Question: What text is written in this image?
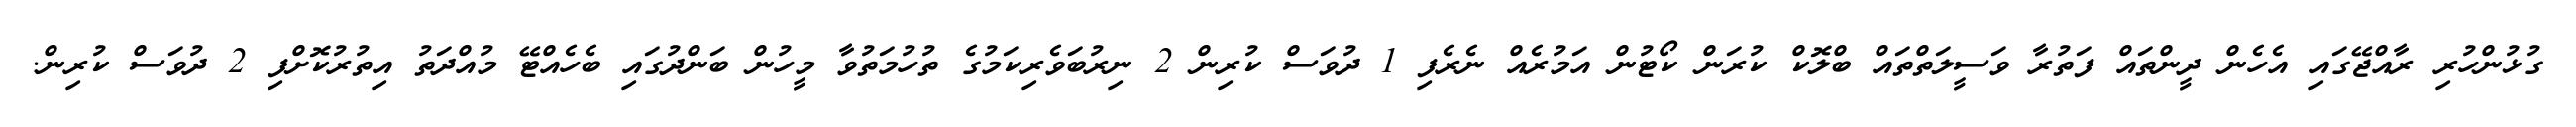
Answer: ގުޅުންހުރި ރާއްޖޭގައި އެހެން ދީންތައް ފަތުރާ ވަސީލަތްތައް ބްލޮކް ކުރަން ކޯޓުން އަމުރެއް ނެރެފި 1 ދުވަސް ކުރިން 2 ނިރުބަވެރިކަމުގެ ތުހުމަތުވާ މީހުން ބަންދުގައި ބެހެއްޓޭ މުއްދަތު އިތުރުކޮށްފި 2 ދުވަސް ކުރިން.